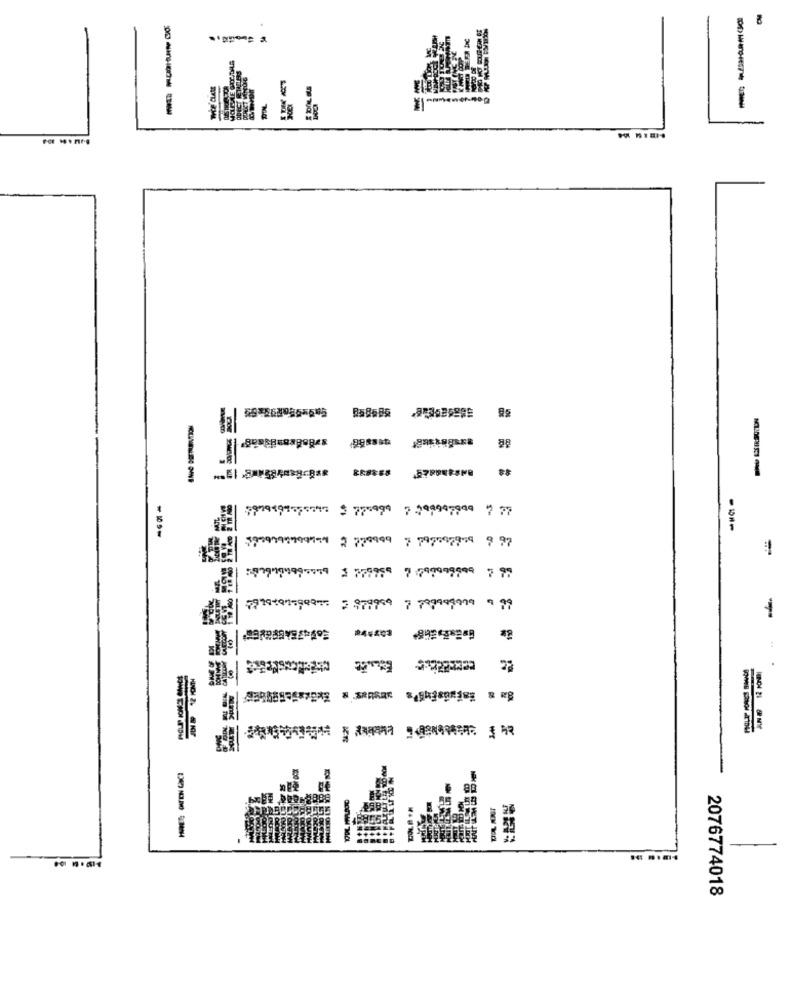
----
-
-
59
2076774018